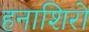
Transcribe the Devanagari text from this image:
हनाशिरो